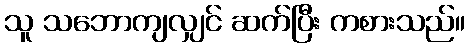
သူ သဘောကျလျှင် ဆက်ပြီး ကစားသည်။